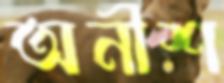
অনীশ